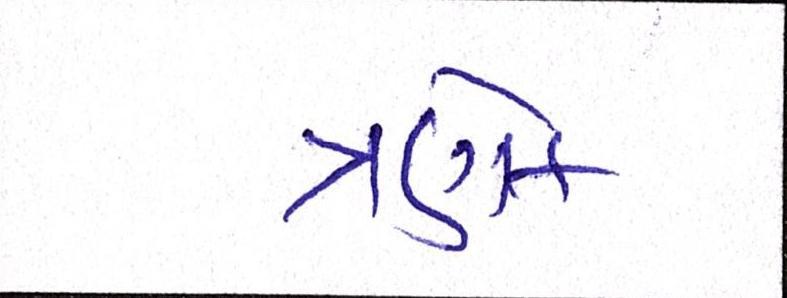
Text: ત્રણેક